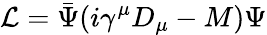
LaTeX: \mathcal{L}=\bar{\Psi}(i\gamma^{\mu}D_{\mu}-M)\Psi